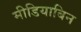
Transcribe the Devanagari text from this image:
मीडियाबिन